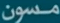
مسون